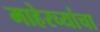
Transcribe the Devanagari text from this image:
माहेरच्यांचा